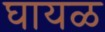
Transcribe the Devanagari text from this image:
घायळ